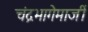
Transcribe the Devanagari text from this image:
चंद्रभागेमाजीं